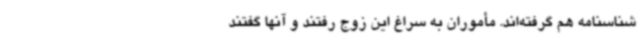
شناسنامه‌ هم گرفته‌اند. مأموران به سراغ این زوج رفتند و آنها گفتند